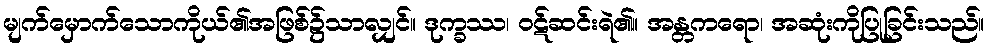
မျက်မှောက်သောကိုယ်၏အဖြစ်၌သာလျှင်။ ဒုက္ခဿ၊ ဝဋ်ဆင်းရဲ၏။ အန္တကရော၊ အဆုံးကိုပြုခြင်းသည်။